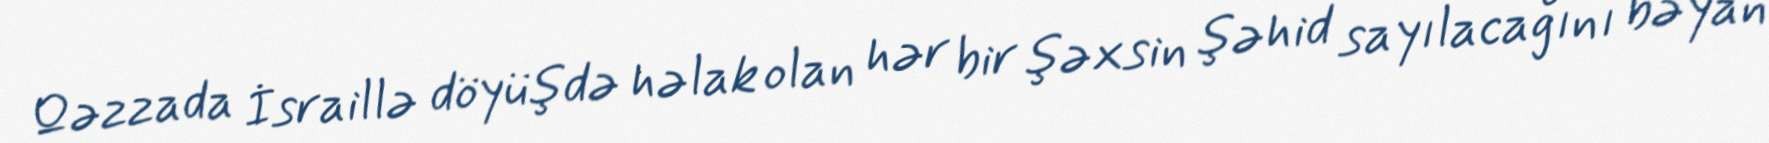
Qəzzada İsraillə döyüşdə həlak olan hər bir şəxsin şəhid sayılacağını bəyan